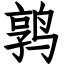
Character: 鹑